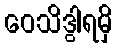
ဝေသိဒွါရမှိ